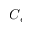
C _ { \epsilon }